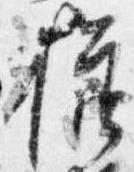
様